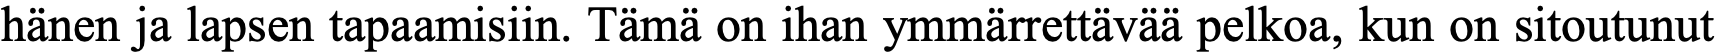
hänen ja lapsen tapaamisiin. Tämä on ihan ymmärrettävää pelkoa, kun on sitoutunut